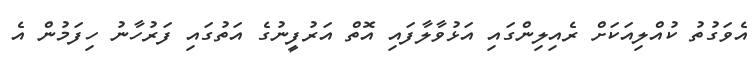
އެވަގުތު ކުއްލިއަކަށް ރެއިލިންގައި އަޅުވާލާފައި އޮތް އަރުފީނުގެ އަތުގައި ފަރުހާނު ހިފަމުން އެ